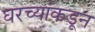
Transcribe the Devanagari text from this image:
घरच्यांकडून